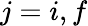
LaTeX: j=i,f